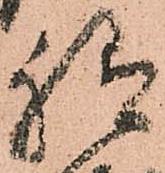
祗